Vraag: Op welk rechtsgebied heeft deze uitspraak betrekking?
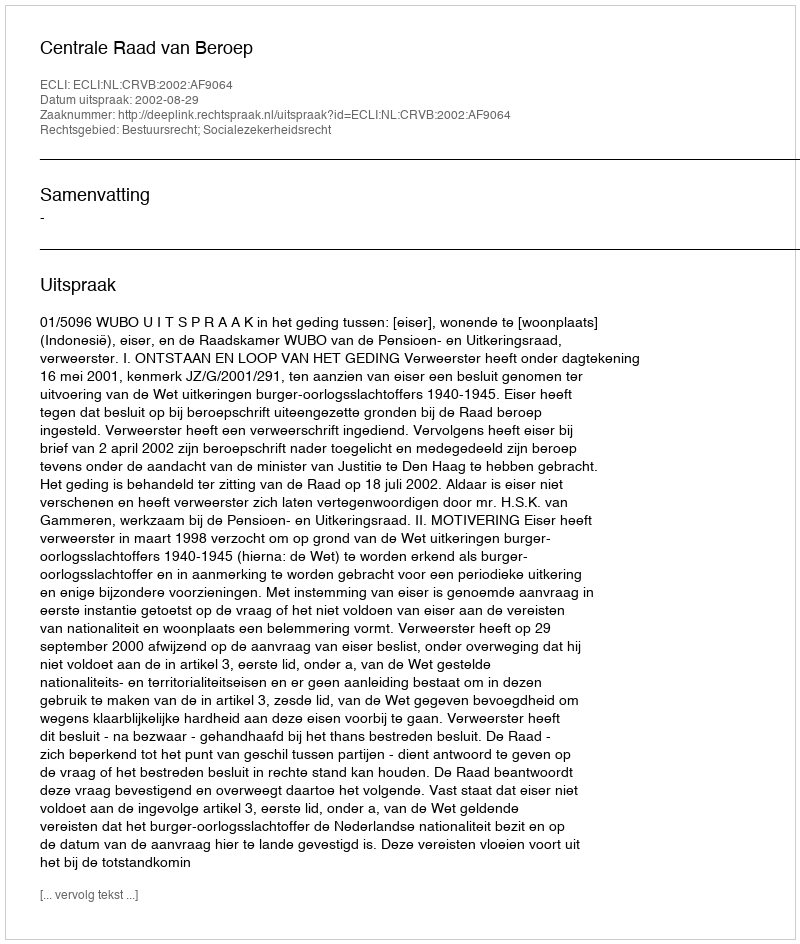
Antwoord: Bestuursrecht; Socialezekerheidsrecht